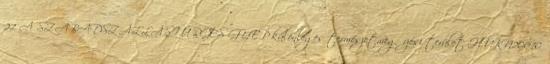
27 A SZABADSZÁLLÁSI ÜRGÉS GYEP különleges természetmegőrzési terület HUKN20010